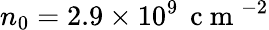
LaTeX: n_{0}=2.9\times 10^{9}\, \mathrm{~c~m~}^{-2}